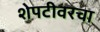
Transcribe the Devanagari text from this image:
शेपटीवरचा